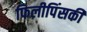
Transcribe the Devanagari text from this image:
फिलीपिंसकी